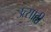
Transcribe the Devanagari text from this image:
उत्‍साही